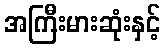
အကြီးမားဆုံးနှင့်